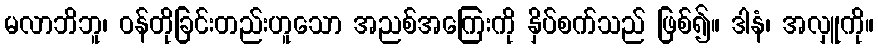
မလာဘိဘူ၊ ဝန်တိုခြင်းတည်းဟူသော အညစ်အကြေးကို နှိပ်စက်သည် ဖြစ်၍။ ဒါနံ၊ အလှူကို။